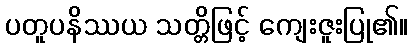
ပတူပနိဿယ သတ္တိဖြင့် ကျေးဇူးပြု၏။